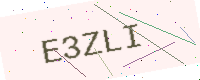
Text: E3ZLI